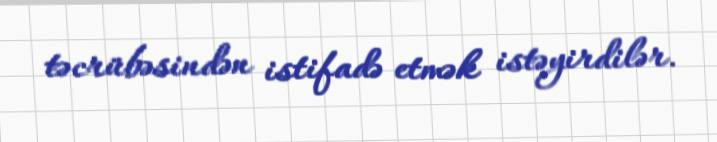
təcrübəsindən istifadə etmək istəyirdilər.